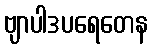
ဗျာပါဒပရေတေန